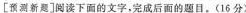
[预测新]阅读下面的文字，完成后面的题。(16分)